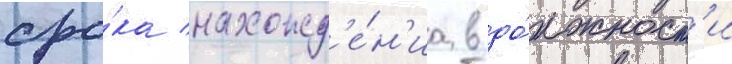
сро́ка нахожд'е́н'иа в до́лжност'и